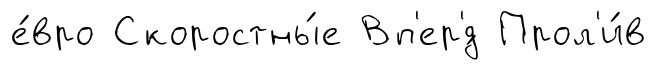
е́вро Скоростны́е Вп'ер'́д Прол'и́в